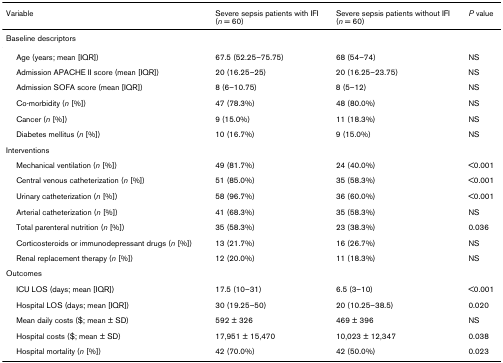
| Variable | Severe sepsis patients with IFI (n = 60) | Severe sepsis patients without IFI (n = 60) | P value |
 | --- | --- | --- | --- |
 | Baseline descriptors |  |  |  |
 | Age (years; mean [IQR]) | 67.5 (52.25–75.75) | 68 (54–74) | NS |
 | Admission APACHE II score (mean [IQR]) | 20 (16.25–25) | 20 (16.25–23.75) | NS |
 | Admission SOFA score (mean [IQR]) | 8 (6–10.75) | 8 (5–12) | NS |
 | Co-morbidity (n [%]) | 47 (78.3%) | 48 (80.0%) | NS |
 | Cancer (n [%]) | 9 (15.0%) | 11 (18.3%) | NS |
 | Diabetes mellitus (n [%]) | 10 (16.7%) | 9 (15.0%) | NS |
 | Interventions |  |  |  |
 | Mechanical ventilation (n [%]) | 49 (81.7%) | 24 (40.0%) | <0.001 |
 | Central venous catheterization (n [%]) | 51 (85.0%) | 35 (58.3%) | <0.001 |
 | Urinary catheterization (n [%]) | 58 (96.7%) | 36 (60.0%) | <0.001 |
 | Arterial catheterization (n [%]) | 41 (68.3%) | 35 (58.3%) | NS |
 | Total parenteral nutrition (n [%]) | 35 (58.3%) | 23 (38.3%) | 0.036 |
 | Corticosteroids or immunodepressant drugs (n [%]) | 13 (21.7%) | 16 (26.7%) | NS |
 | Renal replacement therapy (n [%]) | 12 (20.0%) | 11 (18.3%) | NS |
 | Outcomes |  |  |  |
 | ICU LOS (days; mean [IQR]) | 17.5 (10–31) | 6.5 (3–10) | <0.001 |
 | Hospital LOS (days; mean [IQR]) | 30 (19.25–50) | 20 (10.25–38.5) | 0.020 |
 | Mean daily costs ($; mean ± SD) | 592 ± 326 | 469 ± 396 | NS |
 | Hospital costs ($; mean ± SD) | 17,951 ± 15,470 | 10,023 ± 12,347 | 0.038 |
 | Hospital mortality (n [%]) | 42 (70.0%) | 42 (50.0%) | 0.023 |